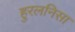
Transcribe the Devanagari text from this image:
हुरलनिसा